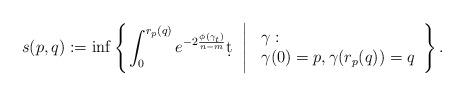
LaTeX: \begin{align*}s(p,q):=\inf\left\{\left.\int_0^{r_p(q)}e^{-2\frac{\phi(\gamma_t)}{n-m}}\d t\;\;\right|\left.\begin{array}{ll}&\!\!\!\!\gamma:\\&\!\!\!\!{\gamma}(0)=p, {\gamma}(r_p(q))=q\end{array}\right.\right\}.\end{align*}